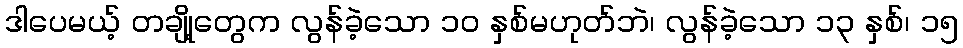
ဒါပေမယ့် တချို့တွေက လွန်ခဲ့သော ၁၀ နှစ်မဟုတ်ဘဲ၊ လွန်ခဲ့သော ၁၃ နှစ်၊ ၁၅